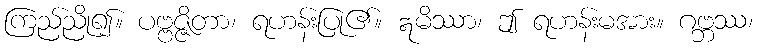
ကြည်ညို၍။ ပဗ္ဗဇ္ဇိတာ၊ ရဟန်းပြု၏။ ဣမိဿာ၊ ဤ ရဟန်းမအား။ ဂဗ္ဘဿ၊